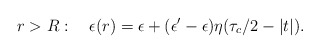
\begin{align*}r>R:\quad\epsilon(r)=\epsilon+(\epsilon'-\epsilon)\eta(\tau_c/2-|t|).\end{align*}